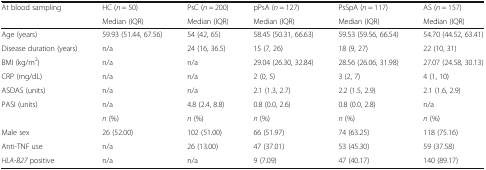
| <ROWSPAN=2> At blood sampling | HC (n = 50) | PsC (n = 200) | pPsA (n = 127) | PsSpA (n = 117) | AS (n = 157) |
 | Median (IQR) | Median (IQR) | Median (IQR) | Median (IQR) | Median (IQR) |
 | --- | --- | --- | --- | --- | --- |
 | Age (years) | 59.93 (51.44, 67.56) | 54 (42, 65) | 58.45 (50.31, 66.63) | 59.53 (59.56, 66.54) | 54.70 (44.52, 63.41) |
 | Disease duration (years) | n/a | 24 (16, 36.5) | 15 (7, 26) | 18 (9, 27) | 22 (10, 31) |
 | BMI (kg/m2) | n/a | n/a | 29.04 (26.30, 32.84) | 28.56 (26.06, 31.98) | 27.07 (24.58, 30.13) |
 | CRP (mg/dL) | n/a | n/a | 2 (0, 5) | 3 (2, 7) | 4 (1, 10) |
 | ASDAS (units) | n/a | n/a | 2.1 (1.3, 2.7) | 2.2 (1.5, 2.9) | 2.1 (1.6, 2.9) |
 | PASI (units) | n/a | 4.8 (2.4, 8.8) | 0.8 (0.0, 2.6) | 0.8 (0.0, 2.8) | n/a |
 |  | n (%) | n (%) | n (%) | n (%) | n (%) |
 | Male sex | 26 (52.00) | 102 (51.00) | 66 (51.97) | 74 (63.25) | 118 (75.16) |
 | Anti-TNF use | n/a | 26 (13.00) | 47 (37.01) | 53 (45.30) | 59 (37.58) |
 | HLA-B27 positive | n/a | n/a | 9 (7.09) | 47 (40.17) | 140 (89.17) |